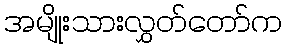
အမျိုးသားလွှတ်တော်က